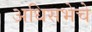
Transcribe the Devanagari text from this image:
अधिसभेचे